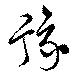
豫